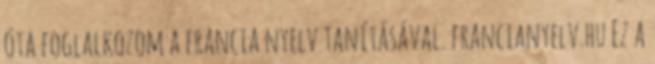
óta foglalkozom a francia nyelv tanításával. francianyelv.hu Ez a